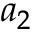
a _ { 2 }